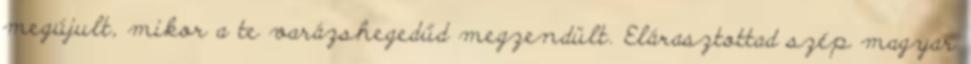
megújult, mikor a te varázshegedűd megzendült. Elárasztottad szép magyar